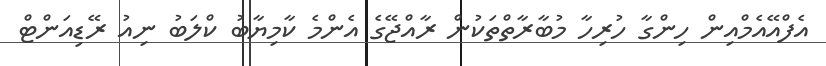
އެފްއޭއެމްއިން ހިންގާ ހުރިހާ މުބާރާތްތަކުން ރާއްޖޭގެ އެންމެ ކާމިޔާބު ކްލަބު ނިއު ރޭޑިއަންޓް